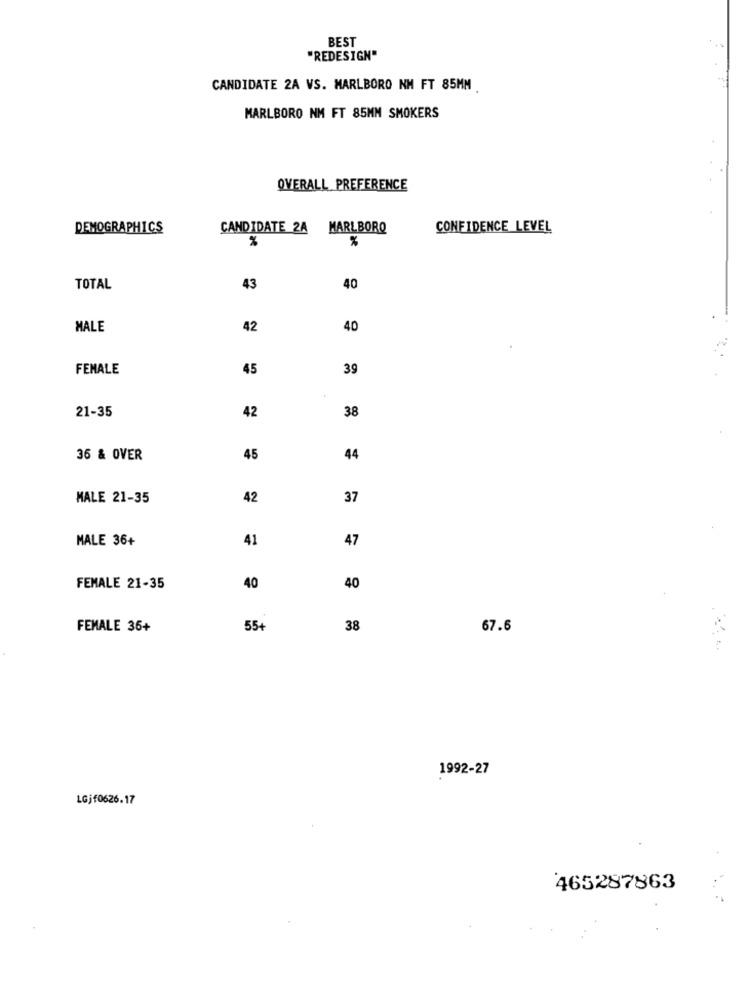
BEST
"REDESIGN"
CANDIDATE 2A VS. MARLBORO NM FT 85MM
MARLBORO NM FT 85MM SMOKERS
OVERALL PREFERENCE
DEMOGRAPHICS
CANDIDATE 2A
MARLBORO
CONFIDENCE LEVEL
%
%
TOTAL
43
40
MALE
42
40
FEMALE
45
39
42
21-35
38
36 & OVER
45
44
MALE 21-35
42
37
MALE 36+
41
47
FEMALE 21-35
40
40
FEMALE 36+
55+
38
67.6
1992-27
LGjf0626.17
465287863